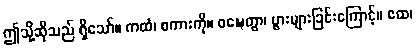
ဤသို့ဆိုသည် ရှိသော်။ ကထံ၊ စကားကို။ ဝဍ္ဎေတွာ၊ ပွားများခြင်းကြောင့်။ ဧထ၊